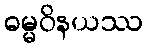
ဓမ္မဝိနယဿ